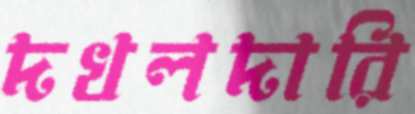
দখলদারি